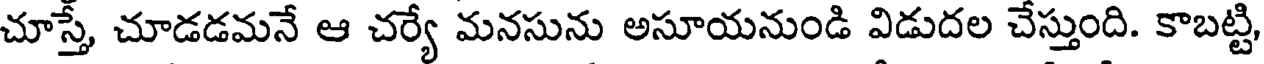
చూస్తే, చూడడమనే ఆ చర్యే మనసును అసూయనుండి విడుదల చేస్తుంది. కాబట్టి